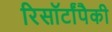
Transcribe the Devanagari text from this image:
रिसॉर्टांपैकी